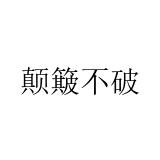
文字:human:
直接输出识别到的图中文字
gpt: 颠簸不破